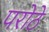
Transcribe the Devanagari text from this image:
परोठे